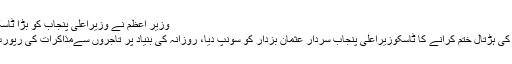
وزیر اعظم نے وزیراعلیٰ پنجاب کو بڑا ٹاسک دیدیا – Daily Newspaper
وزیراعظم عمران خان نے تاجروں کی ہڑتال ختم کرانے کا ٹاسکوزیراعلیٰ پنجاب سردار عثمان بزدار کو سونپ دیا، روزانہ کی بنیاد پر تاجروں سےمذاکرات کی رپورٹ بھی بھجوانے کی ہدایت کی گئی۔